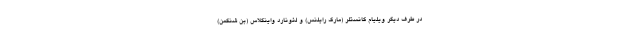
در طرف دیگر ویلیام کانستلر (مارک رایلنس) و لئونارد واینگلاس (بن شنکمن)